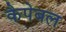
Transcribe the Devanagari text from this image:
कैपेबल